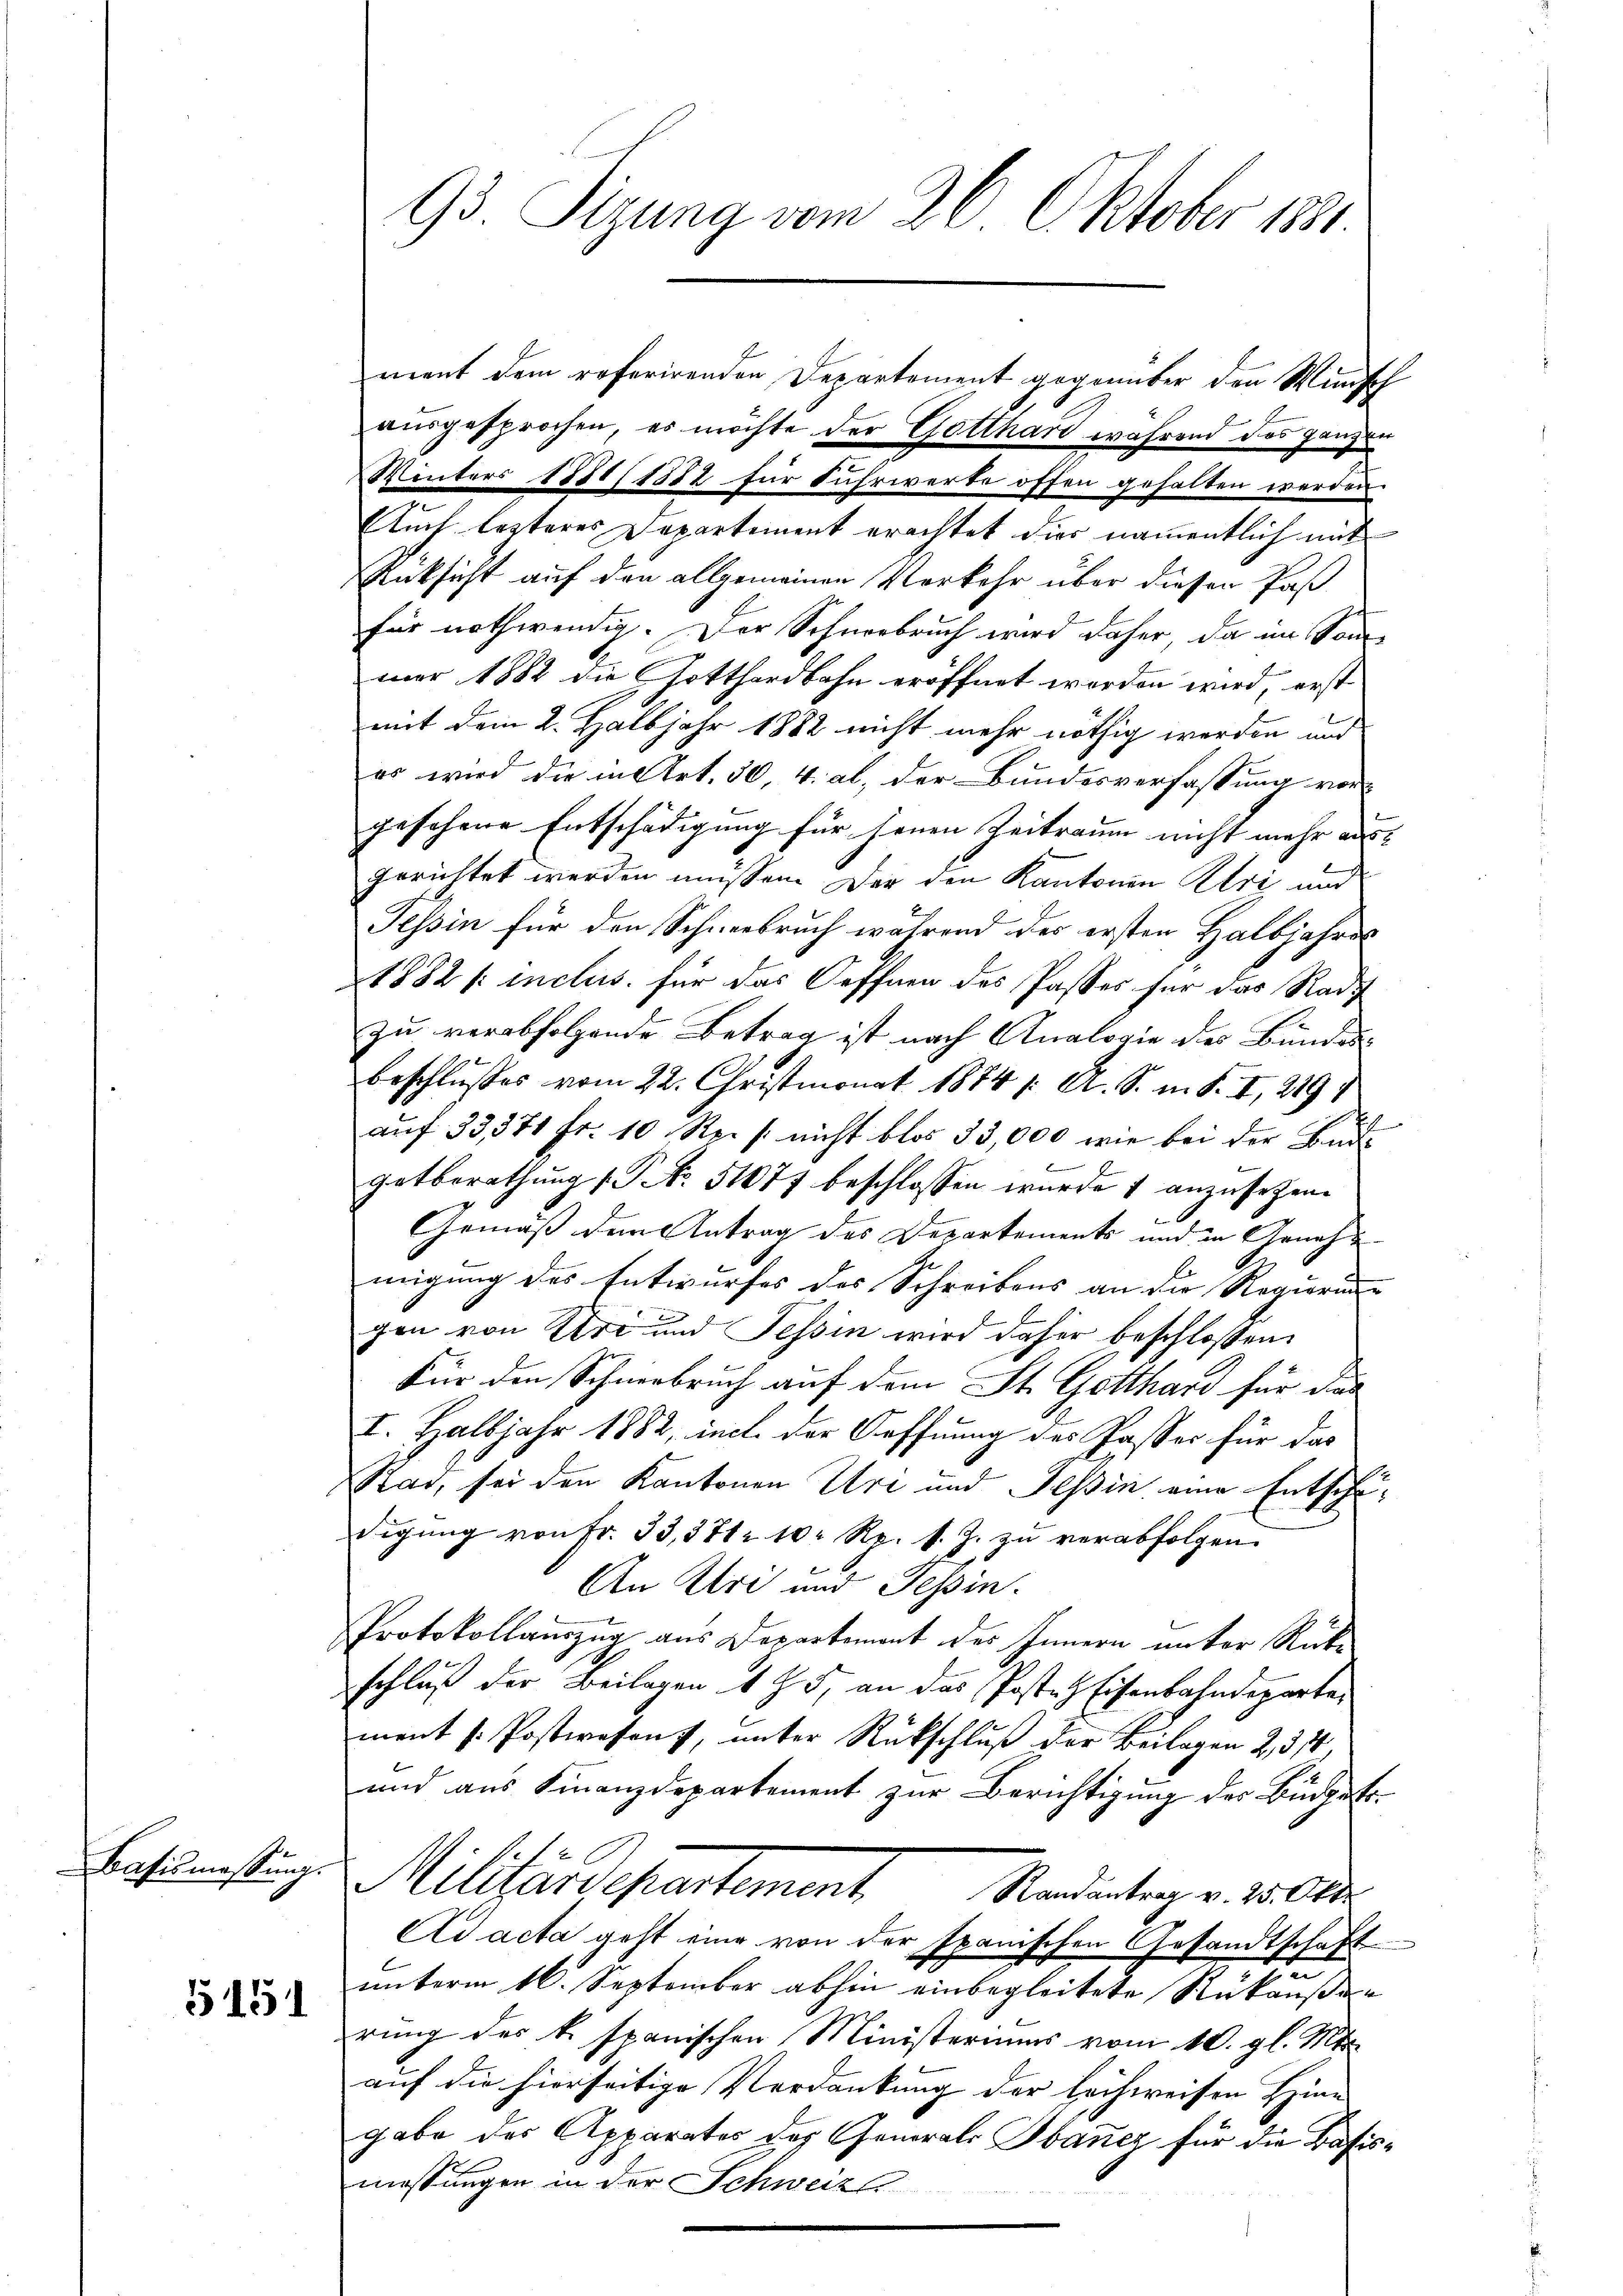
Basismassung.

5151

rient dem referirenden Departement gegenüber den Wünsch
ausgesprochen, es möchte der Gotthan während das ganzen
Winters 1881/1882 für Fuhrwerte offen gehalten werden.
Auch lezteres Departement erachtet dies namentlich mit
Rüksicht auf den allgemeinen Verkehr über diesen Paß
für nothwendig. Der Schneebruch wird daher, da im Sommar 1882 die Gotthardbahn eröffnet worden wird, erst
mit dem 2. Halbjahr 1882 nicht mehr nöthig werden und
es wird die in Art. 30, 4. ab, der Bundesverfassung vor-
gesehene Entschädigung für jenen Zeitraum nicht mehr aus
gerichtet werden müssen. Der den Kantonen Uri und
Tessin für den Schneebruch während der ersten Halbjahres
1882 f: inclus für das Oeffnen des Passes für das Radi
zu verabfolgende Betrag ist nach Analogie des Bundes
beschlußes vom 22. Christmonat 1874 /: A. S. m. S. I, 219
x
auf 33,371 fr. 10 Rp. / nicht blos 33,000 wie bei der Bud
getberathung (S. 51077 beschlossen wurde & anzusehen.
Gemäß den Antrag des Departements und in Genehmigung des Entwurfes des Schreibens an die Regierung- |
gen von Uri und Tessin wird daher beschlossen:
Für den Schneebruch auf dem St. Gotthard für den
I. Halbjahr 1882, incl. der Oeffnung des Paster für das
Rad, sei den Kantonen Uri und Tessin, eine Entschädigung von Fr. 33, 371. 10 Rp. s. Z. zu verabfolgen.
An Uri und Tessin.
Protokollauszug aus Departement des Innern unter Rückschluß der Beilagen 175, an das Posten Eisenbahndepartement v. Postwesen, unter Rückschluß der Beilagen 2, 374
und aus Finanzdepartement zur Berichtigung des Büdgetf
Millardepartement Kardienten v. 2500
Ad acta geht eine von der spanischen Gesandtschaft
unterm 16. September abhin einbegleitete Rükäuße
rung des k. spanischen Ministeriums vom 10. gl. Mts.
auf die hierseitige Verdankung der leihweisen Heine
gabe des Apparates der Generals Obanez für die Basismessungen in der Schweize

93. Sizung vom 26. Oktober 1881